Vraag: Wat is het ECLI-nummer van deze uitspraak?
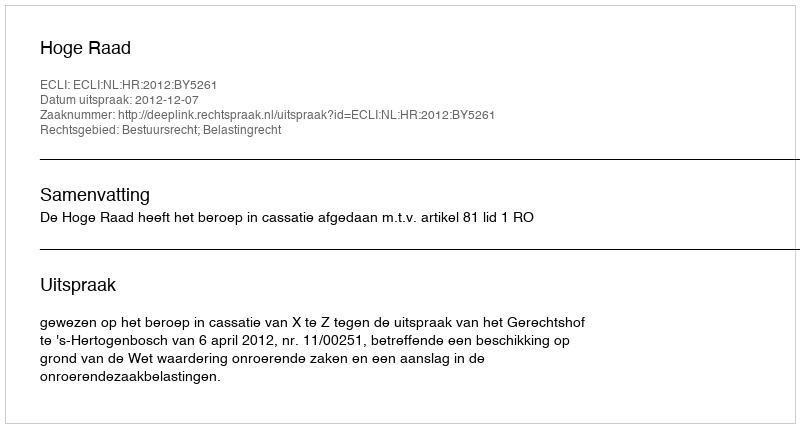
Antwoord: ECLI:NL:HR:2012:BY5261